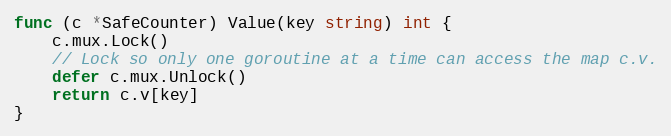
Language: Go
func (c *SafeCounter) Value(key string) int {
	c.mux.Lock()
	// Lock so only one goroutine at a time can access the map c.v.
	defer c.mux.Unlock()
	return c.v[key]
}